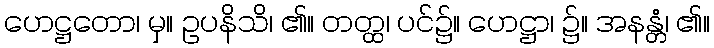
ဟေဋ္ဌတော၊ မှ။ ဥပနိသိ၊ ၏။ တတ္ထ၊ ပင်၌။ ဟေဋ္ဌာ၊ ၌။ အနန္တံ၊ ၏။